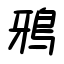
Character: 鴉